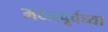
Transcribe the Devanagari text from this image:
मध्यपूर्वेच्या